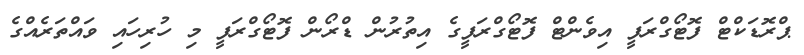
ޕްރޮޑަކްޓް ފޮޓޯގްރަފީ އިވެންޓް ފޮޓޯގްރަފީގެ އިތުރުން ޑްރޯން ފޮޓޯގްރަފީ މި ހުރިހައި ވައްތަރެއްގެ